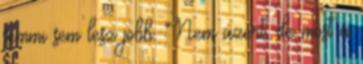
semmi sem lesz jobb. Nem azért, de most a